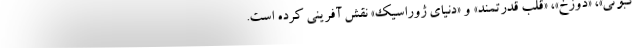
کبوتی»، «دوزخ»، «قلب قدرتمند» و «دنیای ژوراسیک» نقش آفرینی کرده است.